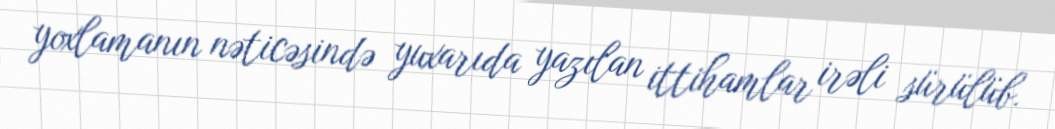
yoxlamanın nəticəsində yuxarıda yazılan ittihamlar irəli sürülüb.